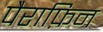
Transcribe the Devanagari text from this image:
पैराफ़िन